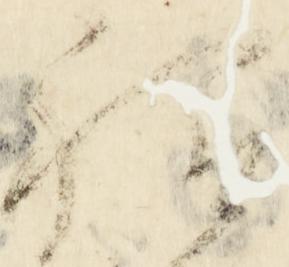
祗